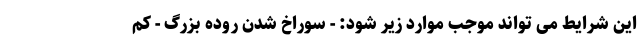
این شرایط می تواند موجب موارد زیر شود: - سوراخ شدن روده بزرگ - کم